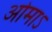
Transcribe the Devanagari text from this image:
ओमाऽ